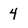
Character: 4